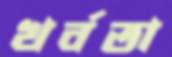
খর্বতা